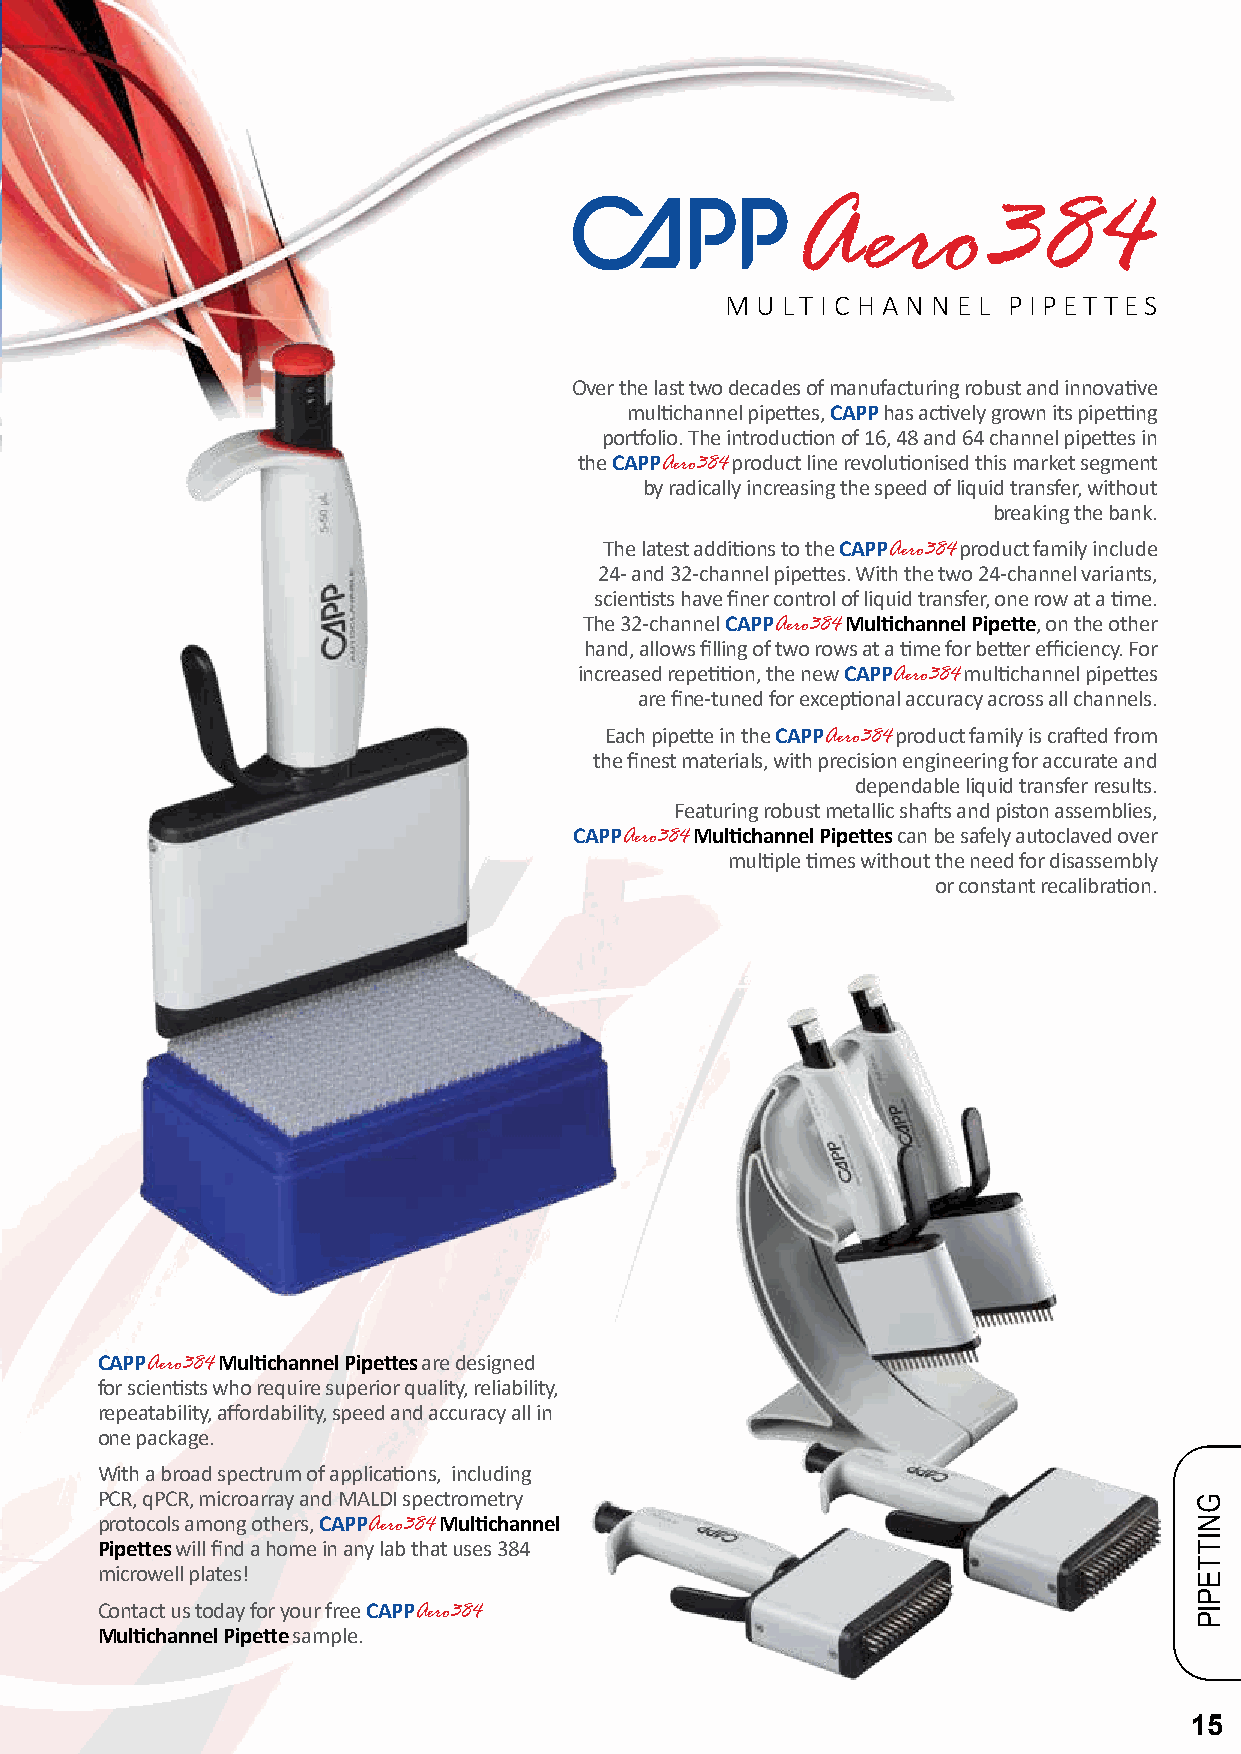
Aero384
 M U LT I C H A N N E L PIPET TES
 Over the last two decades of manufacturing robust and innovative
 multichannel pipettes, CAPP has actively grown its pipetting
 portfolio. The introduction of 16, 48 and 64 channel pipettes in
 the CAPPAero384 product line revolutionised this market segment
 by radically increasing the speed of liquid transfer, without
 breaking the bank.
 The latest additions to the CAPPAero384 product family include
 24- and 32-channel pipettes. With the two 24-channel variants,
 scientists have finer control of liquid transfer, one row at a time.
 The 32-channel CAPPAero384 Multichannel Pipette, on the other
 hand, allows filling of two rows at a time for better efficiency. For
 increased repetition, the new CAPPAero384 multichannel pipettes
 are fine-tuned for exceptional accuracy across all channels.
 Each pipette in the CAPPAero384 product family is crafted from
 the finest materials, with precision engineering for accurate and
 dependable liquid transfer results.
 Featuring robust metallic shafts and piston assemblies,
 CAPPAero384 Multichannel Pipettes can be safely autoclaved over
 multiple times without the need for disassembly
 or constant recalibration.
 CAPPAero384 Multichannel Pipettes are designed
 for scientists who require superior quality, reliability,
 repeatability, affordability, speed and accuracy all in
 one package.
 With a broad spectrum of applications, including
 PCR, qPCR, microarray and MALDI spectrometry
 protocols among others, CAPPAero384 Multichannel
 Pipettes will find a home in any lab that uses 384
 microwell plates!
 Contact us today for your free CAPPAero384
 Multichannel Pipette sample.
 15
 GNITTEPIP